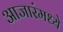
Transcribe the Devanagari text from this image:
आजारंमध्ये